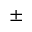
\pm